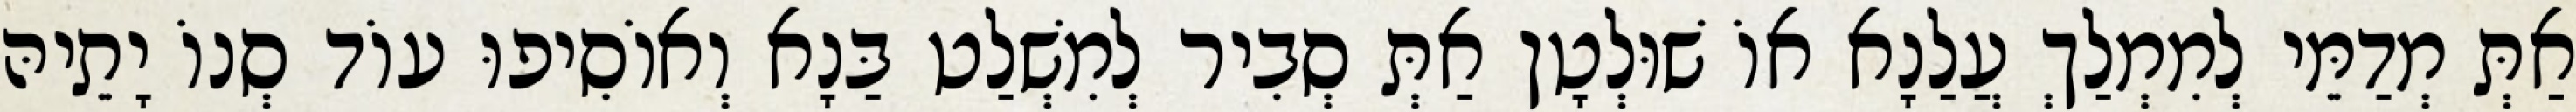
אַתְּ מְדַמֵּי לְמִמְלַךְ עֲלַנָא אוֹ שׁוּלְטָן אַתְּ סְבִיר לְמִשְׁלַט בַּנָא וְאוֹסִיפוּ עוֹד סְנוֹ יָתֵיהּ